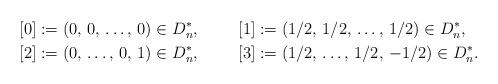
LaTeX: \begin{align*}& [0]:=(0,\,0,\,\dots,\,0) \in D_{n}^{\ast}, & & [1]:=(1/2,\,1/2,\,\dots,\,1/2) \in D_{n}^{\ast}, \\& [2]:=(0,\,\dots,\,0,\,1) \in D_{n}^{\ast}, & & [3]:=(1/2,\,\dots,\,1/2,\,-1/2) \in D_{n}^{\ast}. \end{align*}